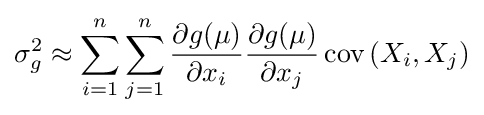
\sigma _{g}^{2}\approx \sum _{i=1}^{n}\sum _{j=1}^{n}{\frac {\partial g(\mu )}{\partial x_{i}}}{\frac {\partial g(\mu )}{\partial x_{j}}}\operatorname {cov} \left(X_{i},X_{j}\right)